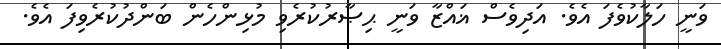
ވަނީ ހަލާކުވެފަ އެވެ. އަދިވެސް ޣައްޒާ ވަނީ ޙިޞާރުކުރެވި މުޅިންހެން ބަންދުކުރެވިފަ އެވެ.